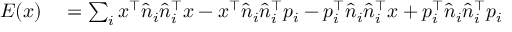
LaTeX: \begin{array} { r l } { E ( x ) } & { { } = \sum _ { i } x ^ { \top } { \hat { n } } _ { i } { \hat { n } } _ { i } ^ { \top } x - x ^ { \top } { \hat { n } } _ { i } { \hat { n } } _ { i } ^ { \top } p _ { i } - p _ { i } ^ { \top } { \hat { n } } _ { i } { \hat { n } } _ { i } ^ { \top } x + p _ { i } ^ { \top } { \hat { n } } _ { i } { \hat { n } } _ { i } ^ { \top } p _ { i } } \end{array}